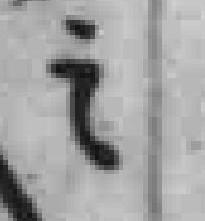
之